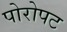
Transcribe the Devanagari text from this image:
पोरोपट